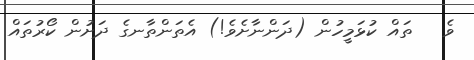
ވެ   ތައް ކުޅަމީހުން (ދަންނާށެވެ!) އެތަންތާނގެ ދަށުން ކޯރުތައް